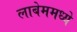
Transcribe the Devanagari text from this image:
लाबेममध्ये